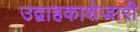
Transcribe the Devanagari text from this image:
उद्वाहकाशेजारी